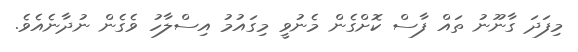
މިފަދަ ގާނޫނު ތައް ފާސް ކޮށްގެން މެނުވީ މިގައުމު އިސްލާހު ވެގެން ނުދާނެއެވެ.